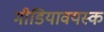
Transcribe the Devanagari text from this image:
मीडियावयस्क